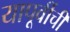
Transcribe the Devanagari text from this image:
यापूर्वीची